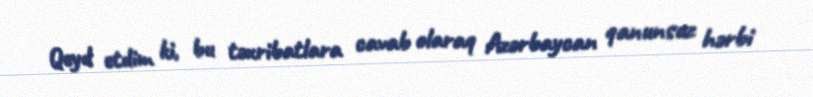
Qeyd etdim ki, bu təxribatlara cavab olaraq Azərbaycan qanunsuz hərbi